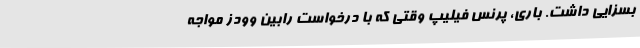
بسزایی داشت. باری، پرنس فیلیپ وقتی که با درخواست رابین وودز مواجه